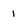
Character: 1